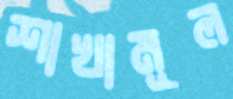
শাখামূল